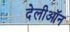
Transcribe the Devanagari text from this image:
देलीऑन